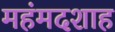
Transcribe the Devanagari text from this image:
महंमदशाह